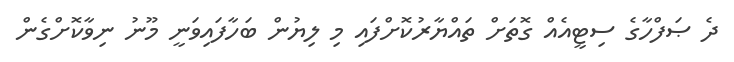
ދެ ޞަފްހާގެ ސިޓީއެއް ގޮތަށް ތައްޔާރުކޮށްފައި މި ލިޔުން ބަހާފައިވަނީ މޫނު ނިވާކޮށްގެން